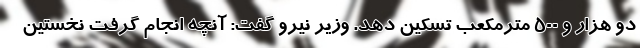
دو هزار و ۵۰۰ مترمکعب تسکین دهد. وزیر نیرو گفت: آنچه انجام گرفت نخستین